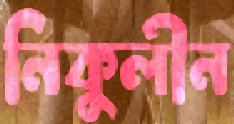
নিকুলীন